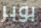
بوبر